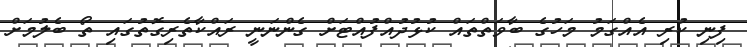
ފިނި ކުރި އެއްގަމު މަހުގެ ބާވަތްތައް ކުޅުދުއްފުއްޓަށް ގެންނަނީ ރައްކާތެރިގޮތުގައި ތޯ ބެލުމަށް